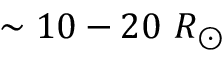
\sim 1 0 - 2 0 ~ R _ { \odot }